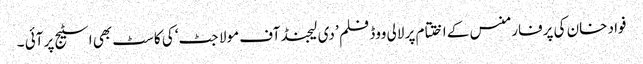
فواد خان کی پرفارمنس کے اختتام پر لالی ووڈ فلم ’ دی لیجنڈ آف مولا جٹ‘ کی کاسٹ بھی اسٹیج پر آئی ۔